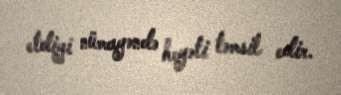
etdiyi nümayəndə heyəti təmsil edir.